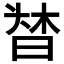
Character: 𣈌